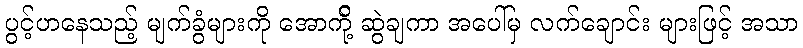
ပွင့်ဟနေသည့် မျက်ခွံများကို အောက်ို့ ဆွဲချကာ အပေါ်မှ လက်ချောင်း များဖြင့် အသာ